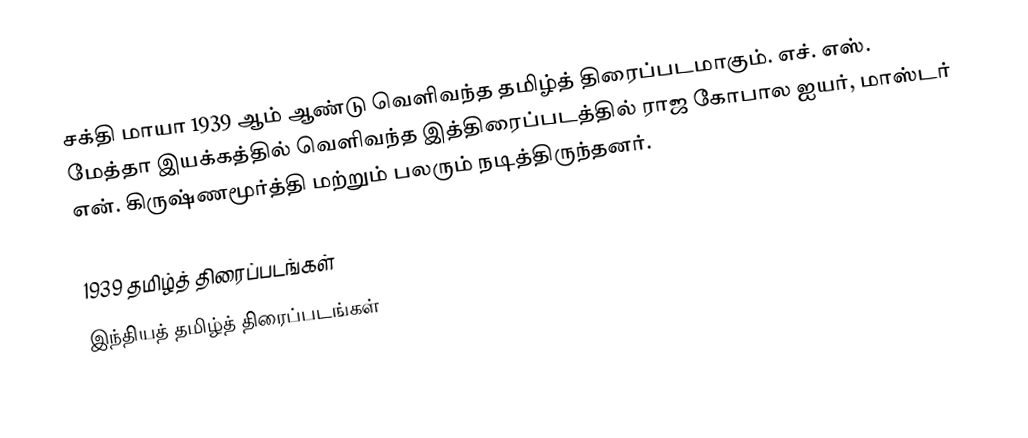
சக்தி மாயா 1939 ஆம் ஆண்டு வெளிவந்த தமிழ்த் திரைப்படமாகும். எச். எஸ். மேத்தா இயக்கத்தில் வெளிவந்த இத்திரைப்படத்தில் ராஜ கோபால ஐயர், மாஸ்டர் என். கிருஷ்ணமூர்த்தி மற்றும் பலரும் நடித்திருந்தனர்.

1939 தமிழ்த் திரைப்படங்கள்
இந்தியத் தமிழ்த் திரைப்படங்கள்